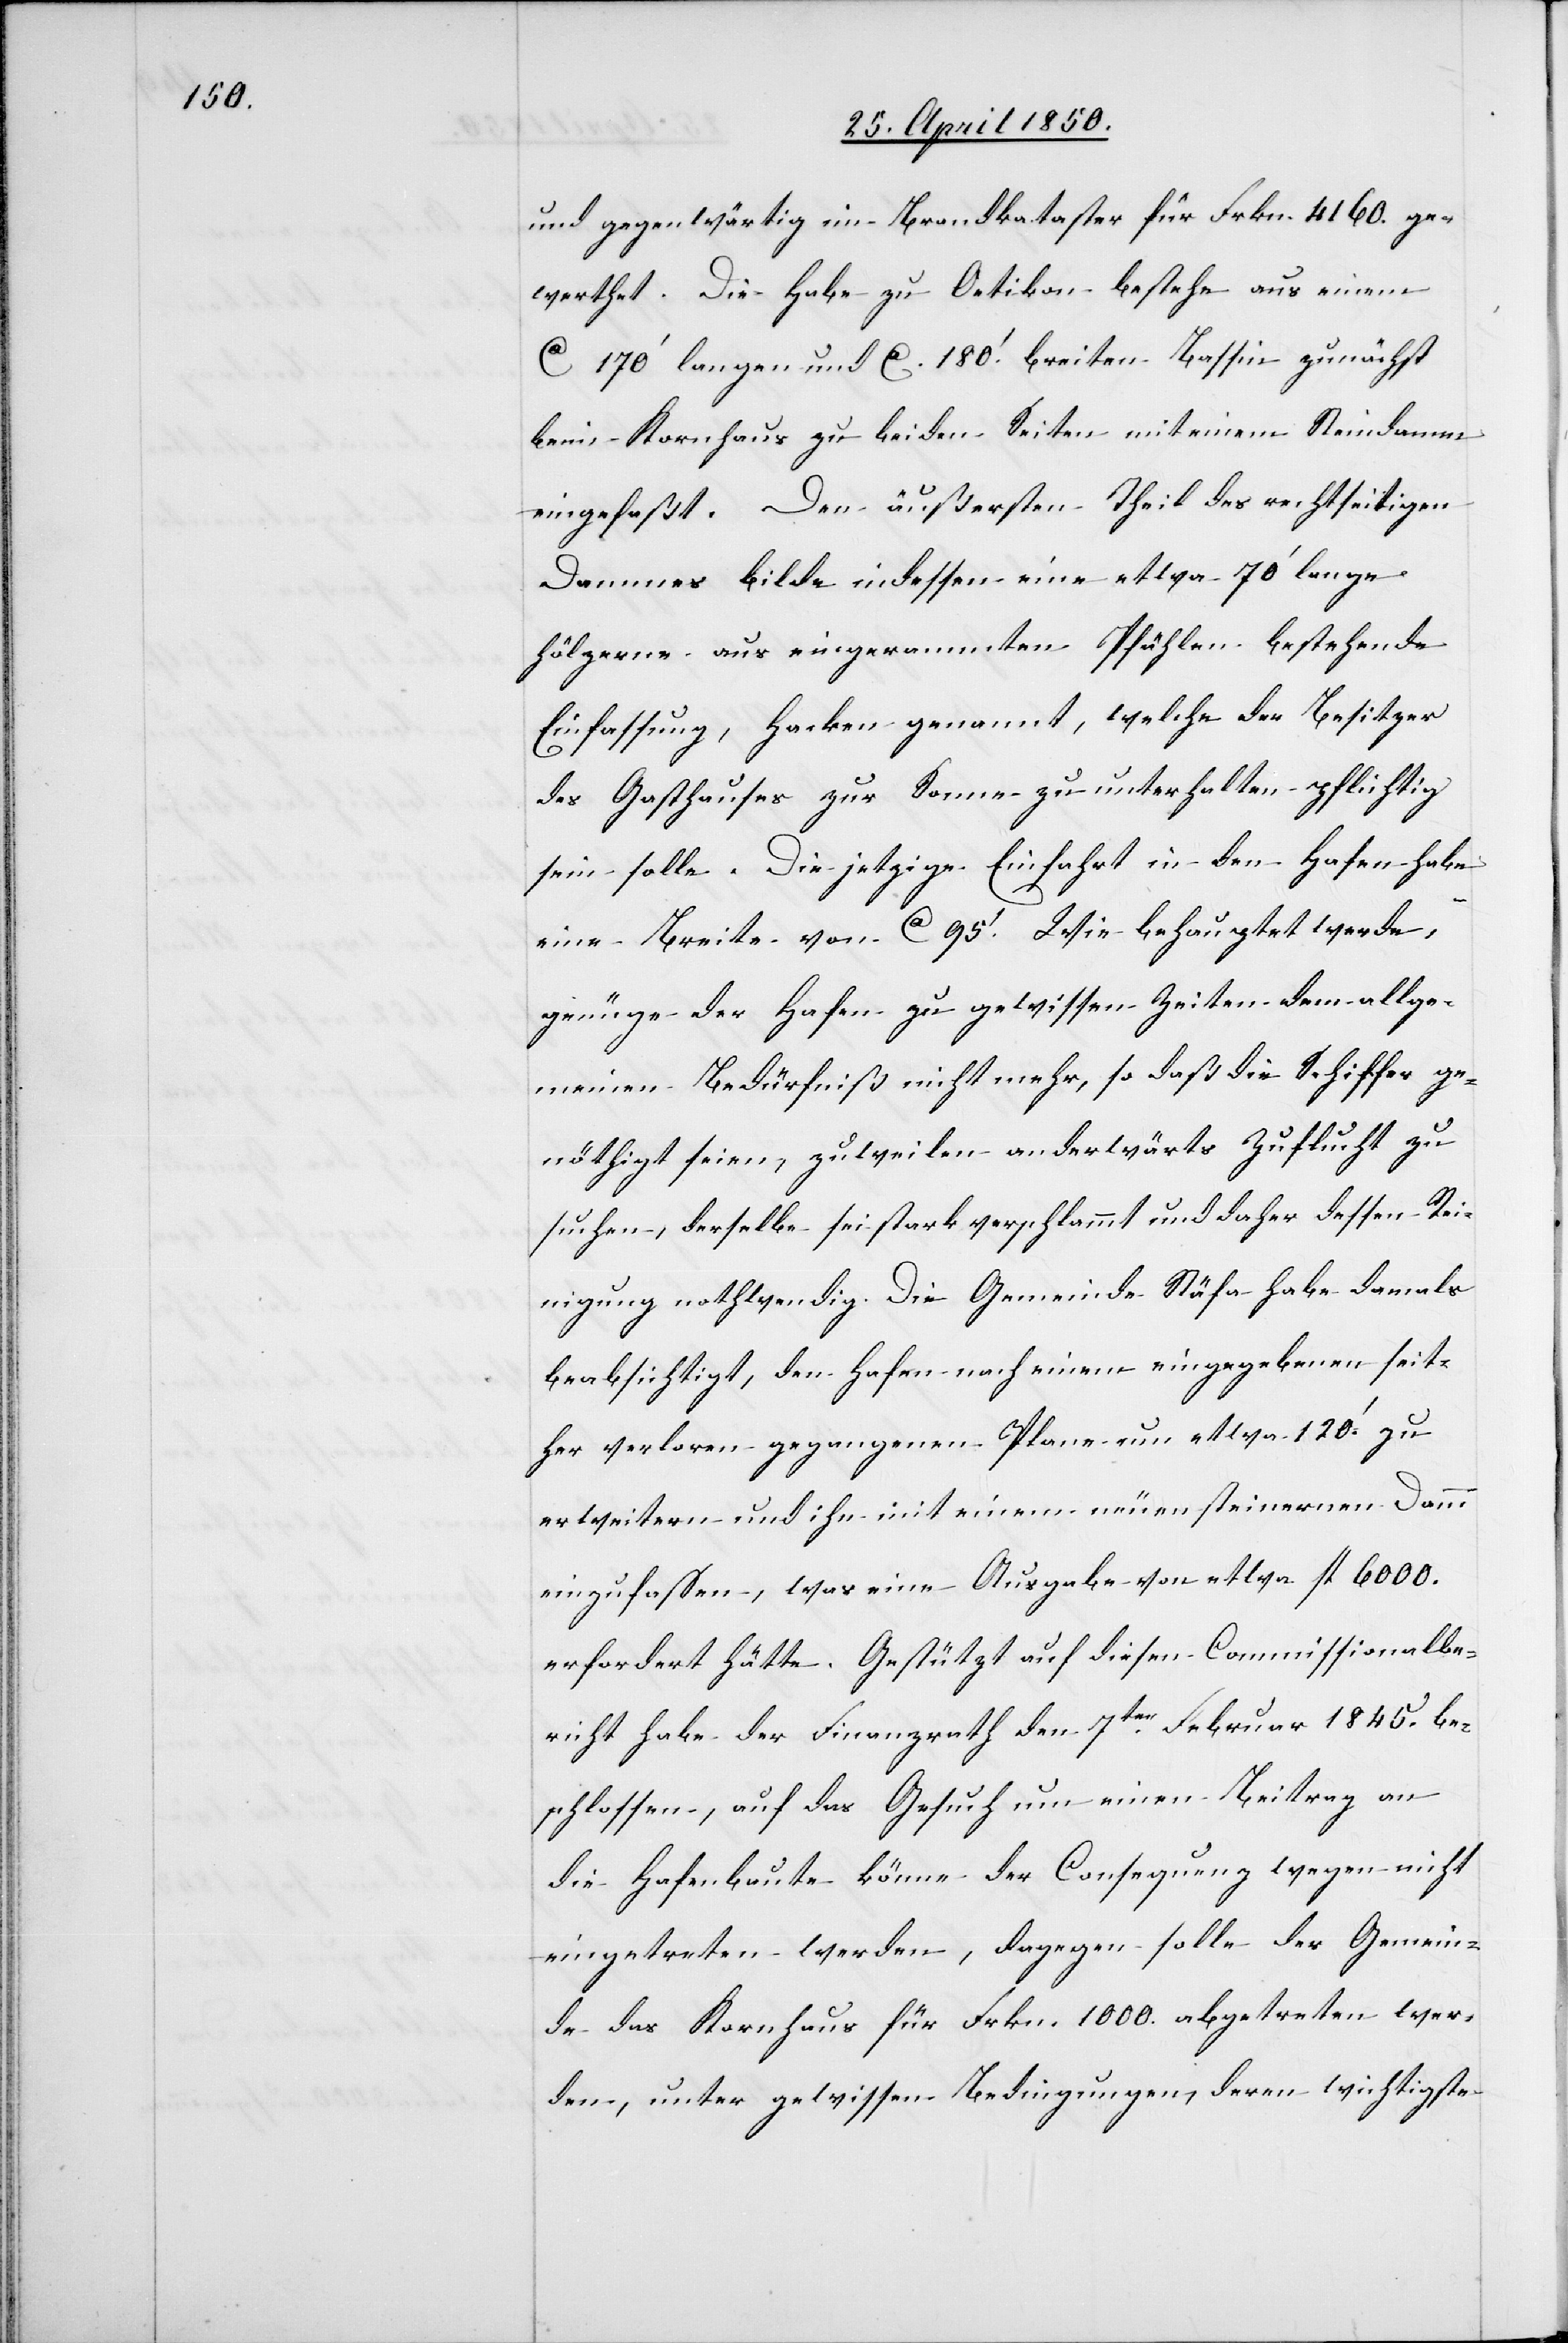
und gegenwärtig im Brandkataster für Frkn. 4160. ge¬
werthet. Die Habe zu Oetikon bestehe aus einem
Ca 170‘ langen und Ca. 180.‘ breiten Bassin zunächst
beim Kornhaus zu beiden Seiten mit einem Steindamm
eingefaßt. Den äußersten Theil des rechtseitigen
Dammes bilde indessen eine etwa 70‘ lange
hölzerne aus eingerammten Pfählen bestehende
Einfassung, Hacken genannt, welche der Besitzer
des Gasthauses zur Sonne zu unterhalten pflichtig
sein solle. Die jetzige Einfahrt in den Hafen habe
eine Breite von Ca 95‘. Wie behauptet werde,
genüge der Hafen zu gewissen Zeiten dem allge¬
meinen Bedürfniß nicht mehr, so daß die Schiffer ge¬
nöthigt seien, zuweilen anderwärts Zuflucht zu
suchen, derselbe sei stark verschlammt und daher dessen Rei¬
nigung nothwendig. Die Gemeinde Stäfa habe damals
beabsichtigt, den Hafen nach einem eingegebenen seit¬
her verloren gegangenen Plane um etwa 120.‘ zu
erweitern und ihn mit einem neuen steinernen Damm
einzufassen, was eine Ausgabe von etwa fl 6000.
erfordert hätte. Gestützt auf diesen Commissionalbe¬
richt habe der Finanzrath den 17ten Februar 1845. be¬
schlossen, auf das Gesuch um einen Beitrag an
die Hafenbaute könne der Consequenz wegen nicht
eingetreten werden, dagegen solle der Gemein¬
de das Kornhaus für Frkn. 1000. abgetreten wer¬
den, unter gewissen Bedingungen, deren wichtigste